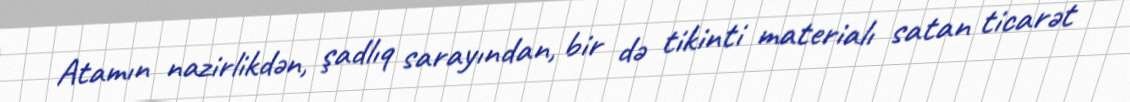
Atamın nazirlikdən, şadlıq sarayından, bir də tikinti materialı satan ticarət